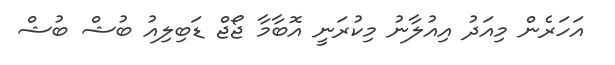
އަހަރެން މިއަދު އިއުލާނު މިކުރަނީ އޮބާމާ ޖޯޖް ޑަބިލިއު ބުޝް ބުޝް